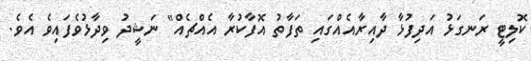
ކޮލިޓީ ރަނގަޅު އަދިފުޅާ ދާއިރާއެއްގައި ތަފާތު އޮފާކުރާ އެއްޗެއް" ނަޝީދު ވިދާޅުވެފައިވެ އެވެ.